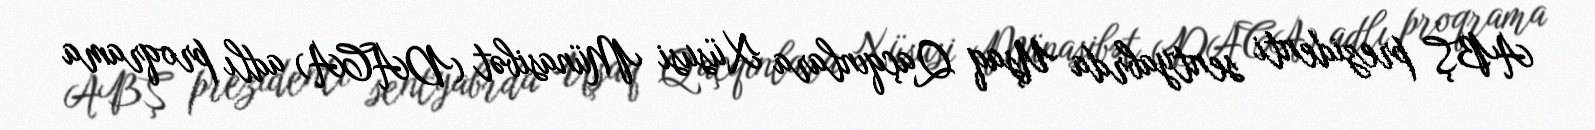
ABŞ prezidenti sentyabrda Uşaq Qaçqınlara Xüsusi Münasibət (DACA) adlı proqrama